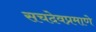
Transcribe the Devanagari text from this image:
सचदेवप्रमाणे